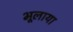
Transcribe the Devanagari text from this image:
भूलाया